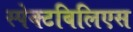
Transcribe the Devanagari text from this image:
स्पेक्टबिलिएस